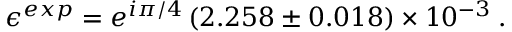
{ \epsilon } ^ { e x p } = e ^ { i \pi / 4 } \left( 2 . 2 5 8 \pm 0 . 0 1 8 \right) \times 1 0 ^ { - 3 } \: .